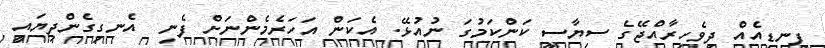
ފިނޑިއެއް ދިވެހިރާއްޖޭގެ ސިޔާސީ ކަންކަމުގަ ނުއުޅޭ. އެެކަން އަހަރެމެންނަށް ފެނި  އެނގިގެންދިޔައީ